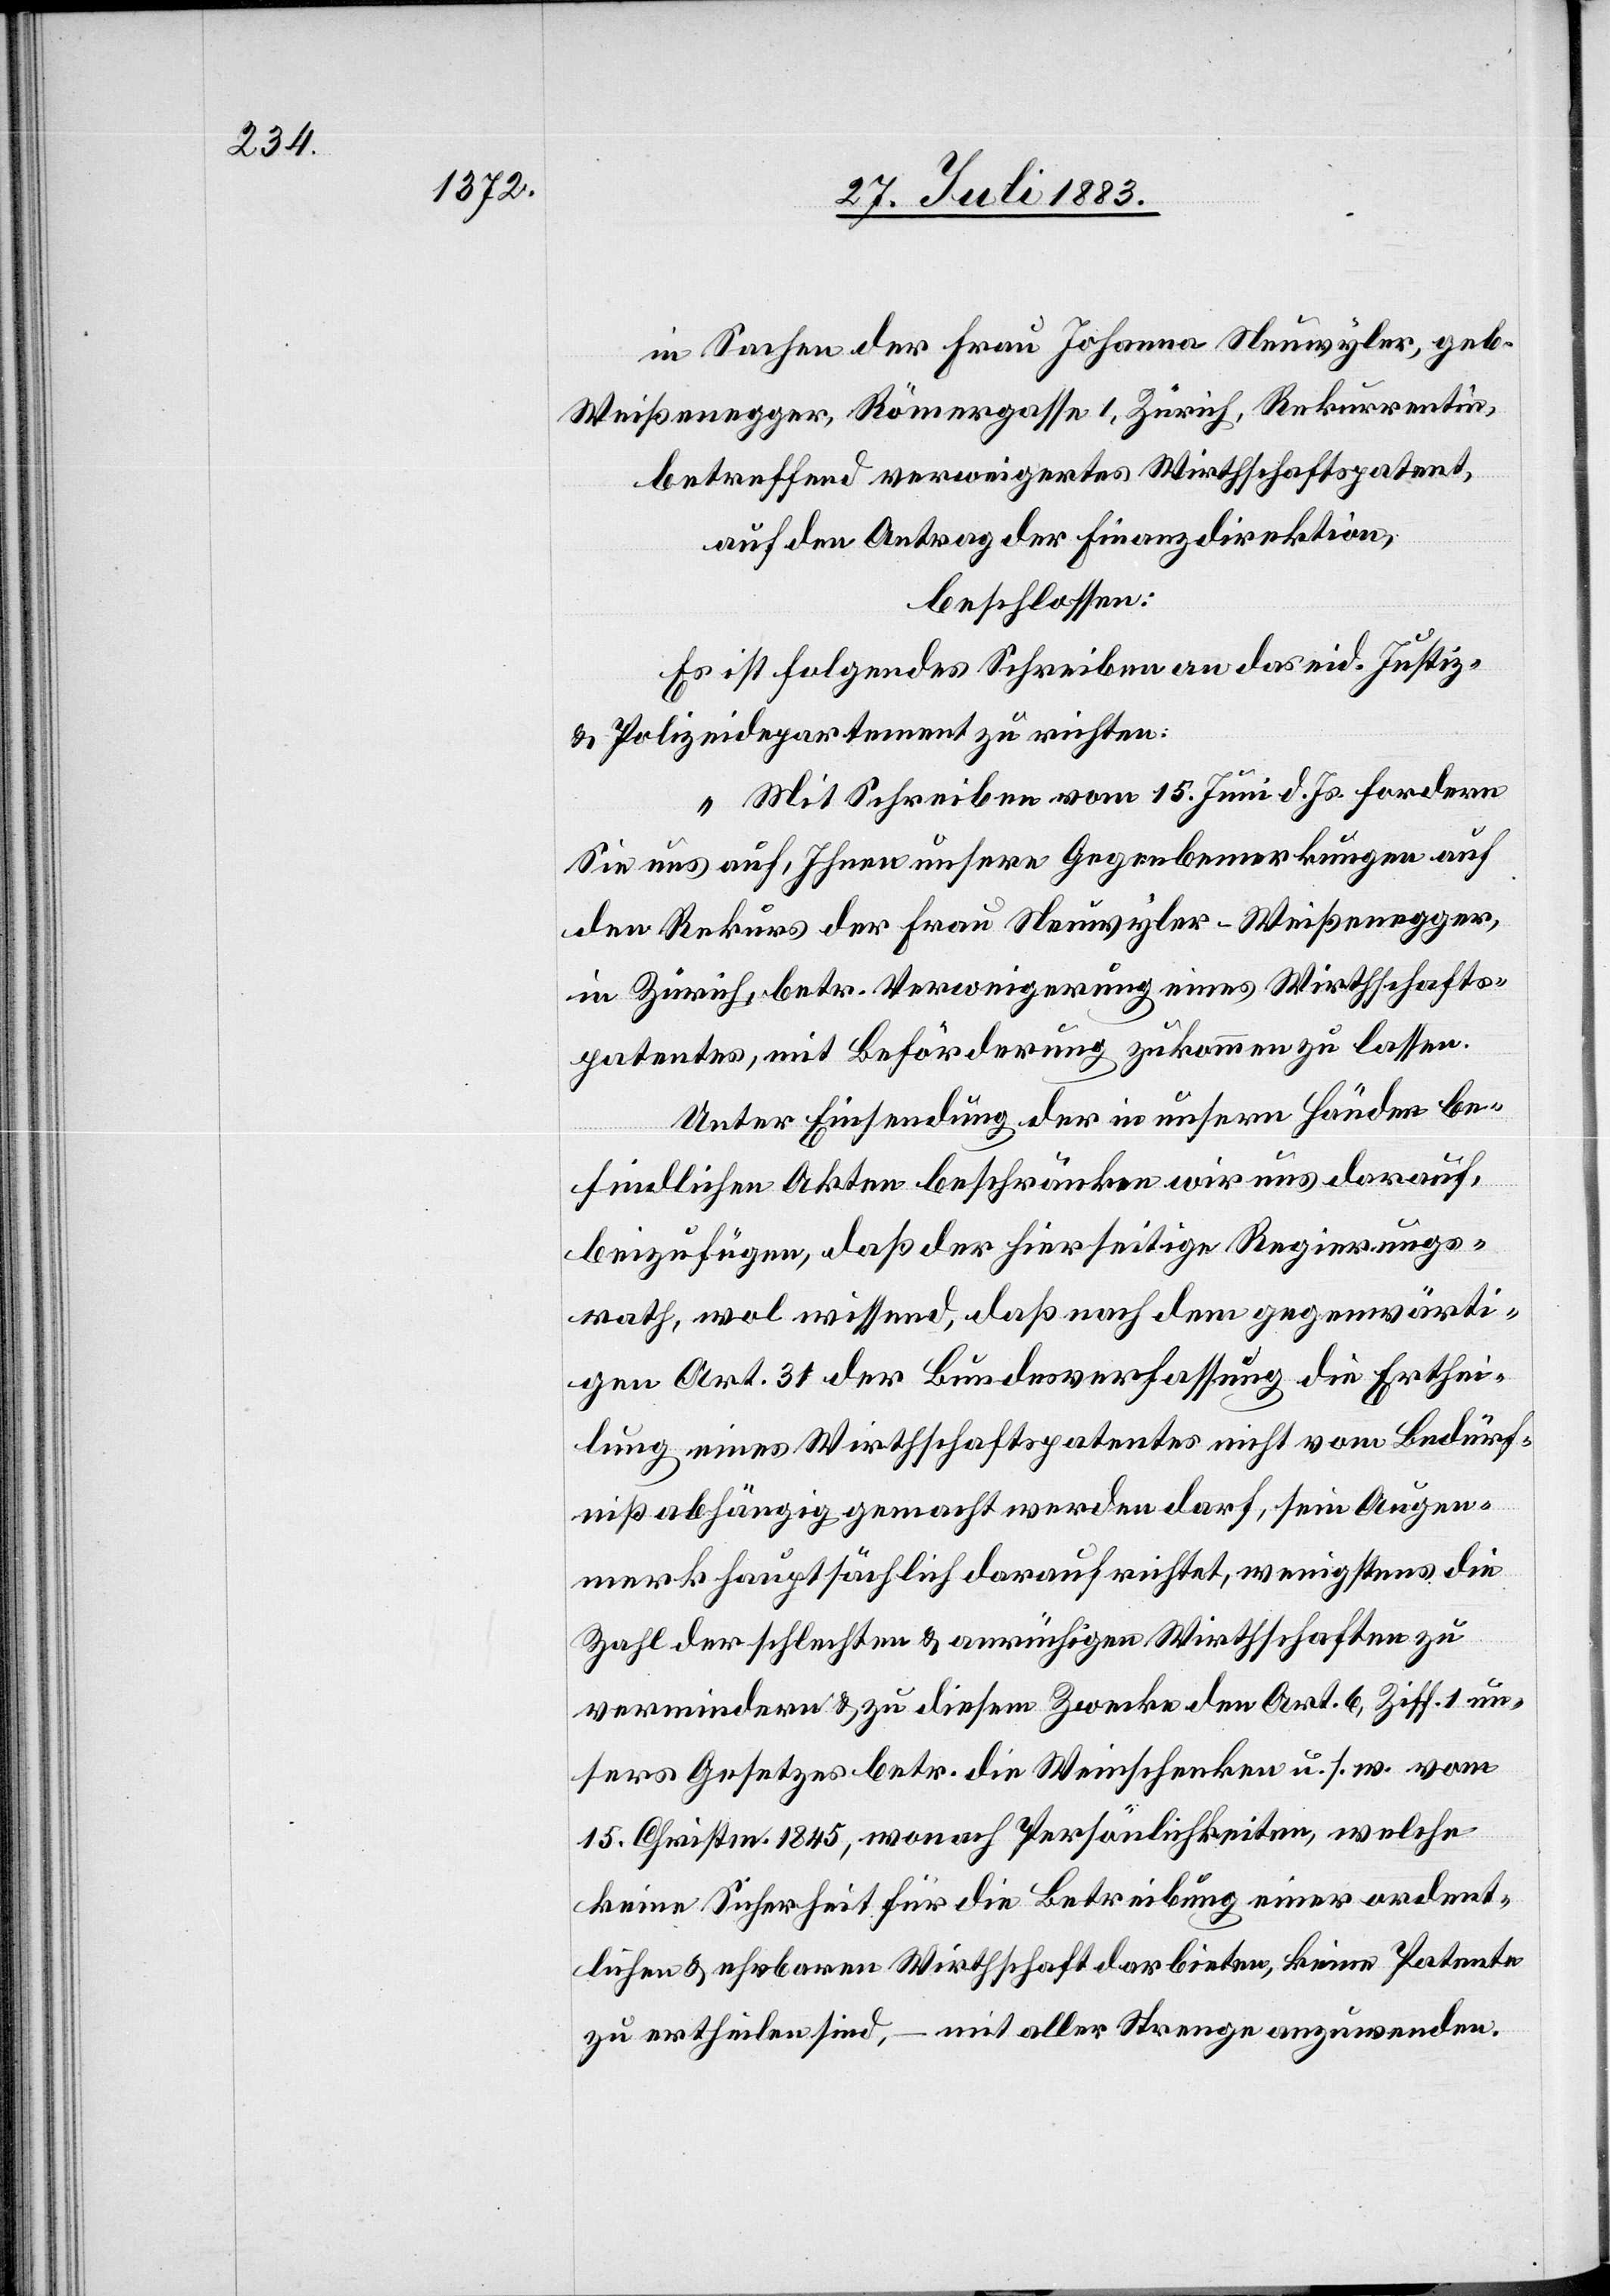
in Sachen der Frau Johanna Neuwyler, geb.
Weißenegger, Römergasse 1, Zürich, Rekurrentin,
betreffend verweigertes Wirthschaftspatent,
auf den Antrag der Finanzdirektion,
beschlossen:
Es ist folgendes Schreiben an das eid. Justiz-
& Polizeidepartement zu richten:
„Mit Schreiben vom 15. Juni d. Js. fordern
Sie uns auf, Ihnen unsere Gegenbemerkungen auf
den Rekurs der Frau Neuwyler-Weißenegger,
in Zürich, betr. Verweigerung eines Wirthschafts¬
patentes, mit Beförderung zukommen zu lassen.
Unter Einsendung der in unsern Händen be¬
findlichen Akten beschränken wir uns darauf,
beizufügen, daß der hierseitige Regierungs¬
rath, wol wissend, daß nach dem gegenwärti¬
gen Art. 31 der Bundesverfassung die Erthei¬
lung eines Wirthschaftspatentes nicht vom Bedürf¬
niß abhängig gemacht werden darf, sein Augen¬
merk hauptsächlich darauf gerichtet, wenigstens die
Zahl der schlechten & anrüchigen Wirthschaften zu
vermindern & zu diesem Zwecke den Art. 6, Ziff. 1 un¬
sers Gesetzes betr. die Weinschenken u. s. w. vom
15. Christm. 1845, wonach Persönlichkeiten, welche
keine Sicherheit für die Betreibung einer ordent¬
lichen & ehrbaren Wirthschaft darbieten, keine Patente
zu ertheilen sind, – mit aller Strenge anzuwenden.